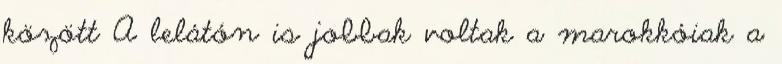
között A lelátón is jobbak voltak a marokkóiak a